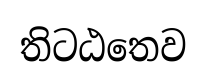
තිටඨතෙව